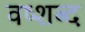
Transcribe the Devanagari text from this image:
वष्शब्द